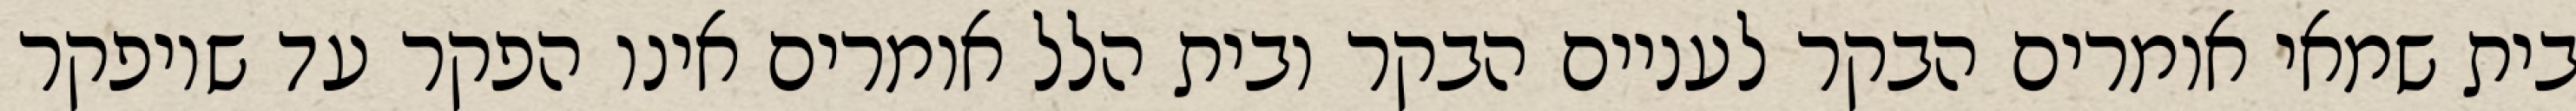
בית שמאי אומרים הבקר לעניים הבקר ובית הלל אומרים אינו הפקר עד שיופקר